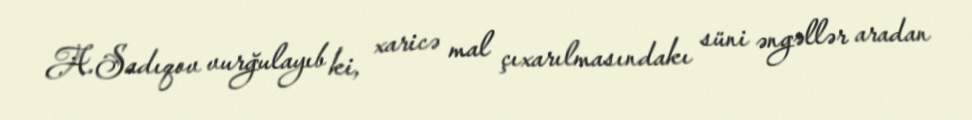
A.Sadıqov vurğulayıb ki, xaricə mal çıxarılmasındakı süni əngəllər aradan